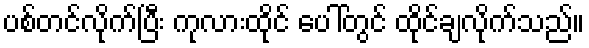
ပစ်တင်လိုက်ပြီး ကုလားထိုင် ပေါ်တွင် ထိုင်ချလိုက်သည်။